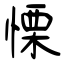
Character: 慄